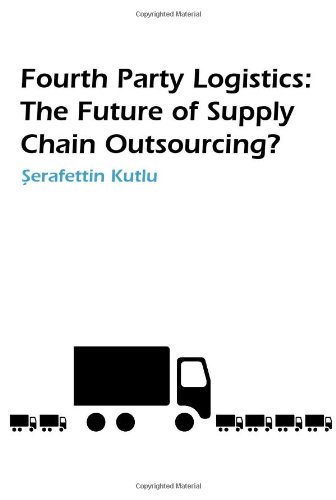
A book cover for Fourth Party Logistics: Is It the Future of Supply Chain Outsourcing?; S. Kutlu; Business & Money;